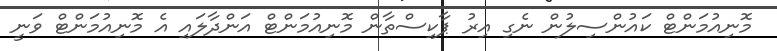
މޮނިއުމަންޓް ކައުންސިލުން ނެގި އިރު ޕާކިސްތާން މޮނިއުމަންޓް އަންދާލައި އެ މޮނިއުމަންޓް ވަނީ